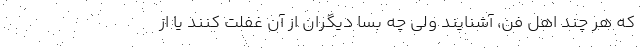
که هر چند اهل فن، آشنایند ولی چه بسا دیگران از آن غفلت کنند یا از